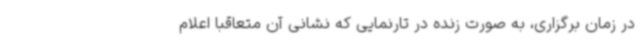
در زمان برگزاری، به صورت زنده در تارنمایی که نشانی آن متعاقباً اعلام